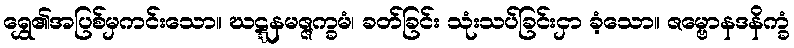
ရွှေ၏အပြစ်မှကင်းသော။ ဃဋ္ဋနမဇ္ဇက္ခမံ၊ ခတ်ခြင်း သုံးသပ်ခြင်းငှာ ခံ့သော။ ဇမ္ဗောနဒနိက္ခံ